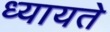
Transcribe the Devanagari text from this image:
ध्यायते